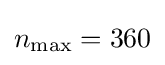
n_{\text{max}}=360